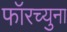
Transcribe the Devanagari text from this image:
फॉरच्युना